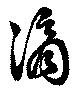
滴